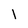
Character: 1